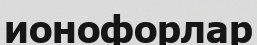
ионофорлар